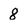
Character: 8